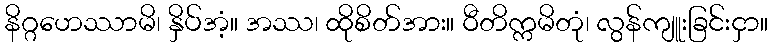
နိဂ္ဂဟေဿာမိ၊ နှိပ်အံ့။ အဿ၊ ထိုစိတ်အား။ ဝီတိက္ကမိတုံ၊ လွန်ကျူးခြင်းငှာ။